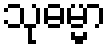
သုဓမ္မာ